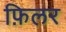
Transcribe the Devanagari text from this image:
फ़िलर